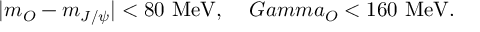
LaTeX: \vert m _ { O } - m _ { J / \psi } \vert < 8 0 \ \mathrm { M e V } , \ \ \ \, G a m m a _ { O } < 1 6 0 \ \mathrm { M e V } .